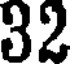
32